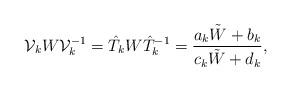
LaTeX: \begin{align*}{\cal V}_k W {\cal V}_k^{-1}= \hat T_k W {\hat T_k}^{-1}={a_k\tilde W +b_k\over c_k\tilde W+d_k}, \end{align*}